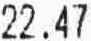
22.47